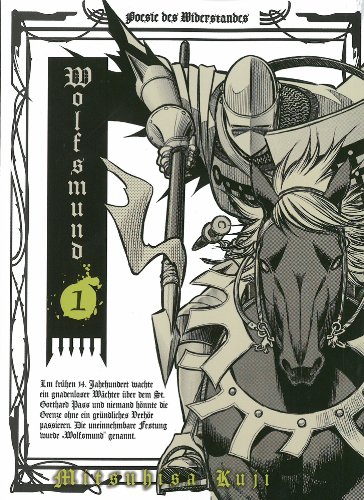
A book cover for Wolfsmund, Vol. 1; Mitsuhisa Kuji; Comics & Graphic Novels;